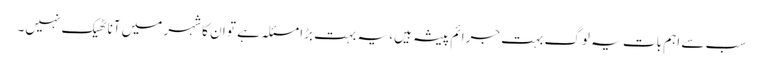
سب سے اہم بات یہ لوگ بہت جرائم پیشہ ہیں، یہ بہت بڑا مسئلہ ہے تو ان کا شہر میں آنا ٹھیک نہیں۔